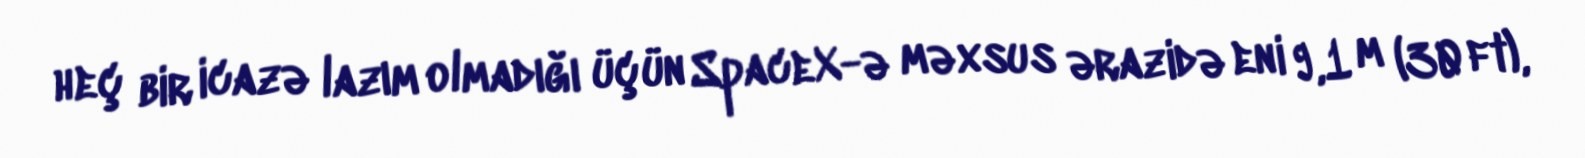
heç bir icazə lazım olmadığı üçün SpaceX-ə məxsus ərazidə eni 9,1 m (30 ft),